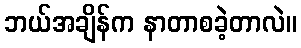
ဘယ်အချိန်က နာတာစခဲ့တာလဲ။